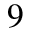
9